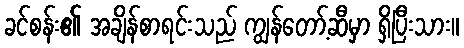
ခင်စန်း၏ အချိန်စာရင်းသည် ကျွန်တော့်ဆီမှာ ရှိပြီးသား။